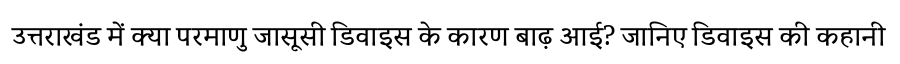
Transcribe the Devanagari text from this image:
उत्तराखंड में क्या परमाणु जासूसी डिवाइस के कारण बाढ़ आई? जानिए डिवाइस की कहानी